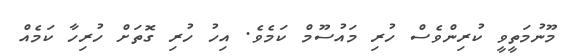
މޫނުމަތީވީ ކުރިންވެސް ހުރި މައުސޫމް ކަމެވެ. އިހު ހުރި ގޮތަށް ހުރިހާ ކަމެއް